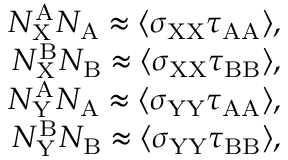
\begin{array} { r } { N _ { \mathrm { X } } ^ { \mathrm { A } } N _ { \mathrm { A } } \approx \langle \sigma _ { \mathrm { X X } } \tau _ { \mathrm { A A } } \rangle , } \\ { N _ { \mathrm { X } } ^ { \mathrm { B } } N _ { \mathrm { B } } \approx \langle \sigma _ { \mathrm { X X } } \tau _ { \mathrm { B B } } \rangle , } \\ { N _ { \mathrm { Y } } ^ { \mathrm { A } } N _ { \mathrm { A } } \approx \langle \sigma _ { \mathrm { Y Y } } \tau _ { \mathrm { A A } } \rangle , } \\ { N _ { \mathrm { Y } } ^ { \mathrm { B } } N _ { \mathrm { B } } \approx \langle \sigma _ { \mathrm { Y Y } } \tau _ { \mathrm { B B } } \rangle , } \end{array}